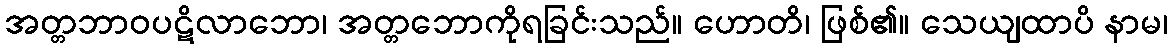
အတ္တဘာဝပဋိလာဘော၊ အတ္တဘောကိုရခြင်းသည်။ ဟောတိ၊ ဖြစ်၏။ သေယျထာပိ နာမ၊